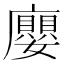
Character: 廮